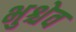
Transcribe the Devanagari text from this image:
भुश्चेव